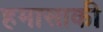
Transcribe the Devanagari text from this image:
हमासाकी